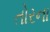
તોરના